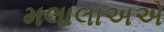
મલાલાઅએ